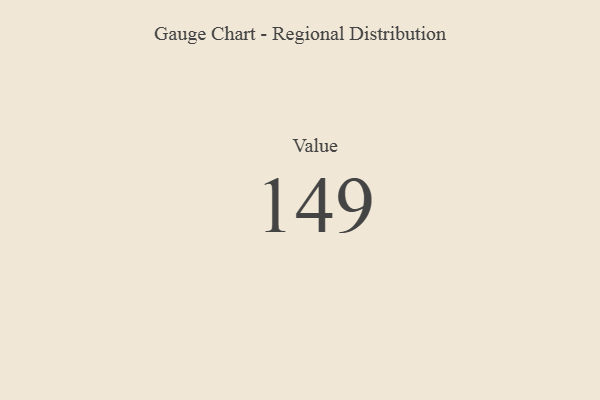
{"axis": {"x": "Metric", "y": "Value"}, "legend": [""], "data": [{"x": "Value", "y": 149, "type": ""}]}